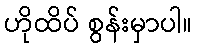
ဟိုထိပ် စွန်းမှာပါ။